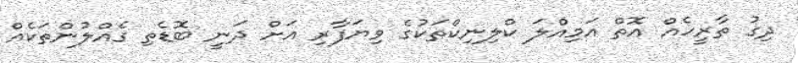
ދިގު ތާރީހެއް އޮތް އަމިއްލަ ކްލިނިކްތަކުގެ ވިޔަފާރި އަށް ދަނީ ބޮޑެތި ގެއްލުންތަކެއް